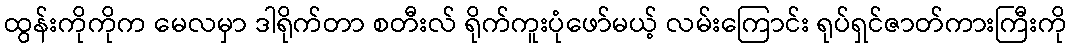
ထွန်းကိုကိုက မေလမှာ ဒါရိုက်တာ စတီးလ် ရိုက်ကူးပုံဖော်မယ့် လမ်းကြောင်း ရုပ်ရှင်ဇာတ်ကားကြီးကို